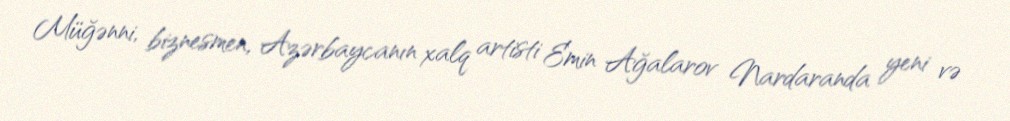
Müğənni, biznesmen, Azərbaycanın xalq artisti Emin Ağalarov Nardaranda yeni və